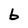
Character: 6